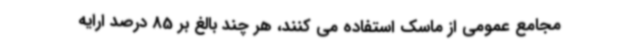
مجامع عمومی از ماسک استفاده می کنند، هر چند بالغ بر 85 درصد ارایه